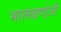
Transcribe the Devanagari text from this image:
भातखण्डेजी